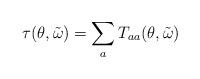
LaTeX: \begin{align*}\tau(\theta,\tilde{\omega})=\sum_{a}T_{aa}(\theta,\tilde{\omega})\end{align*}